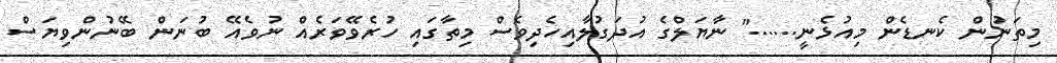
މިތަނުން ކެނޑެން މިއުޅެނީ......" ނާޔަލްގެ އުދަގުލާއިހެދިވެސް މިތާގައި ހުރެވޭވަރެއް ނުވެއޭ ބުނަން ބޭނުންވިޔަސް